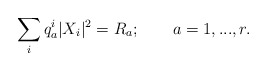
\begin{align*}\sum_i q_a^i|X_i|^2=R_a; \qquad a=1,...,r.\end{align*}